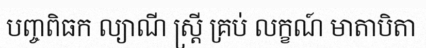
បញ្ចពិធក ល្យាណី ស្ត្រី គ្រប់ លក្ខណ៍ មាតាបិតា